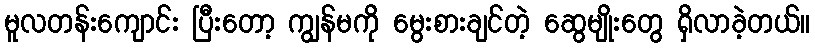
မူလတန်းကျောင်း ပြီးတော့ ကျွန်မကို မွေးစားချင်တဲ့ ဆွေမျိုးတွေ ရှိလာခဲ့တယ်။